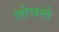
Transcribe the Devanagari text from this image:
लोचनो